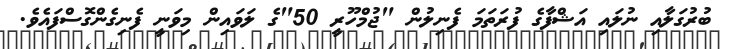
ބުރުގަލާއި ނުލައި އަޝްފާގެ ފުރަތަމަ ފެނިލުން "ޖުމްހޫރީ 50"ގެ ލަވައިން މިވަނީ ފެނިގެންގޮސްފައެވެ.